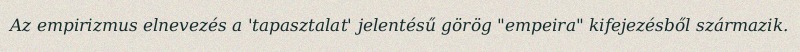
Az empirizmus elnevezés a 'tapasztalat' jelentésű görög "empeira" kifejezésből származik.